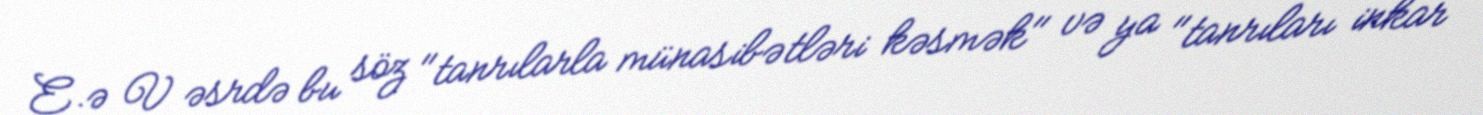
E.ə V əsrdə bu söz "tanrılarla münasibətləri kəsmək" və ya "tanrıları inkar